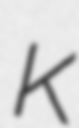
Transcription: K